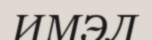
ИМЭЛ